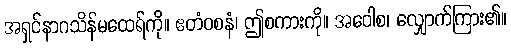
အရှင်နာဂသိန်မထေရ်ကို။ ဧတံဝစနံ၊ ဤစကားကို။ အဝေါစ၊ လျှောက်ကြား၏။